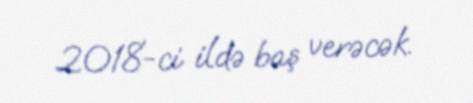
2018-ci ildə baş verəcək.